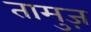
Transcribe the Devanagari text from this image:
तामुज़